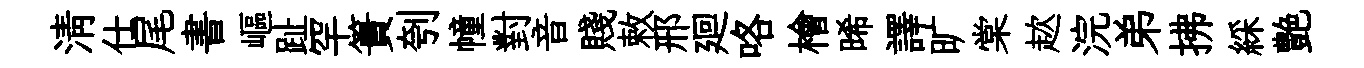
淸仕尾書嶇趾罕簣刳幢對音賤敕邢廻咯檜晞譯旷棠趑浣弟拂綵艶